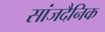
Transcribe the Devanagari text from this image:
सांजदैनिक